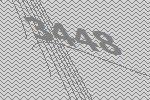
3448